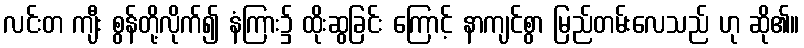
လင်းတ ကျီး စွန်တို့လိုက်၍ နံကြား၌ ထိုးဆွခြင်း ကြောင့် နာကျင်စွာ မြည်တမ်းလေသည် ဟု ဆို၏။